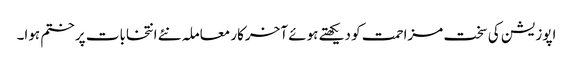
اپوزیشن کی سخت مزاحمت کو دیکھتے ہوئے آخرکار معاملہ نئے انتخابات پر ختم ہوا۔